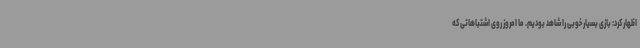
اظهار کرد: بازی بسیار خوبی را شاهد بودیم. ما امروز روی اشتباهاتی که